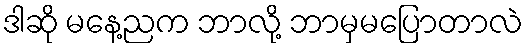
ဒါဆို မနေ့ညက ဘာလို့ ဘာမှမပြောတာလဲ